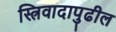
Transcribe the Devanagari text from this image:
स्त्रिवादापुढील